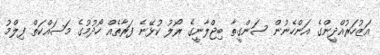
އަޒުހަރުއްދީންގެ އަންހެނުން ސަންގީތާ ބިޖްލާނީގެ ރޯލު ކުޅޭނެ ފަރާތެއް ހޯދުމުގެ މަސައްކަތް ފިލްމު